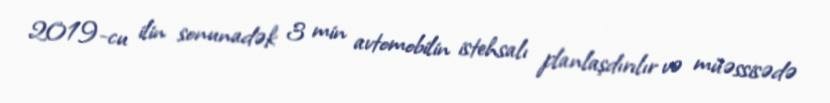
2019-cu ilin sonunadək 3 min avtomobilin istehsalı planlaşdırılır və müəssisədə